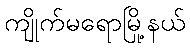
ကျိုက်မရောမြို့နယ်